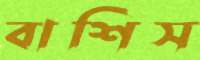
বাশিস